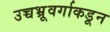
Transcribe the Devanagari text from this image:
उच्चभ्रूवर्गाकडून